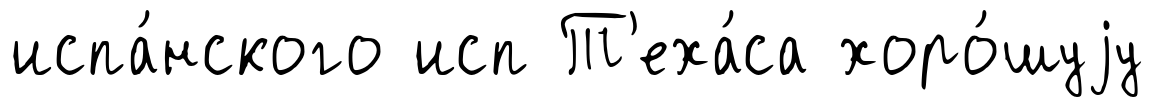
испа́нского исп Т'еха́са хоро́шуjу